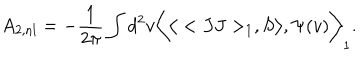
LaTeX: A _ { 2 , \mathrm { n l } } = - { \frac { 1 } { 2 \pi } } \int d ^ { 2 } v \bigg < \big < < J J > _ { 1 } , S \big > , \Psi ( v ) \bigg > _ { 1 } .